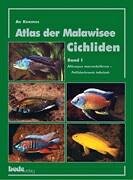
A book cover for Atlas der Malawisee Cichliden Bd.1; Ad Konings; Travel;